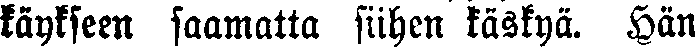
käykseen saamatta siihen käskyä. Hän